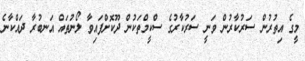
މީގެ އިތުރުން ސަރުކާރުން ވަނީ ސަރުކާރުގެ ސްކީމްތަކުން ދޫކޮށްފައިވާ ލޯނުތައް އަނބުރާ ދައްކާނެ